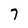
Character: 7